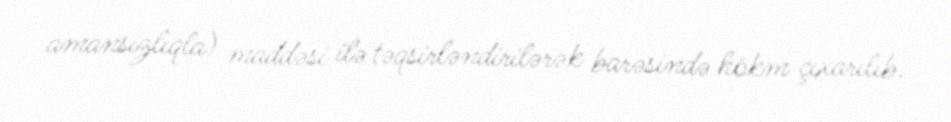
amansızlıqla) maddəsi ilə təqsirləndirilərək barəsində hökm çıxarılıb.